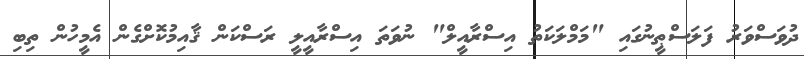
ދުވަސްވަރު ފަލަސްޠީނުގައި "މަމްލަކަތު އިސްރާއީލް" ނުވަތަ އިސްރާއީލީ ރަސްކަން ޤާއިމުކޮށްގެން އެމީހުން ތިބި